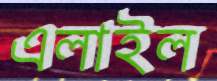
এলাইল